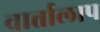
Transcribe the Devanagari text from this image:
वार्त्तालाप